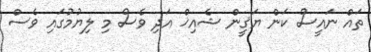
ތައް ނައީސް ކަން ޔަޤީން ޝެއިޚް އަދި ވެސް މި ލިޔުމުގައި ވެސް